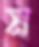
ম